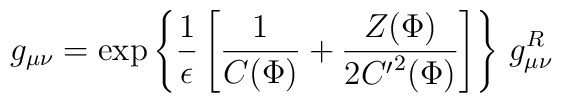
g_{\mu\nu} = \exp\left\{ \frac{1}{\epsilon} \left[\frac{1}{C(\Phi)} + \frac{Z(\Phi)}{2{C'}^2 (\Phi)} \right] \right\} \,g^R_{\mu\nu}